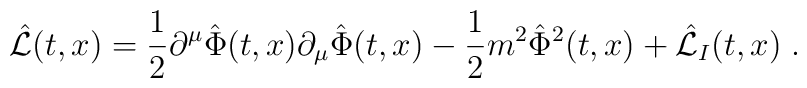
\hat{\cal L}(t,x) = {1 \over 2} \partial ^{\mu}\hat{\Phi}(t,x)\partial _{\mu}\hat{\Phi} (t,x)-  {1\over 2} m^2 \hat{\Phi}^2(t,x) + \hat{\cal L}_I(t,x) \;.